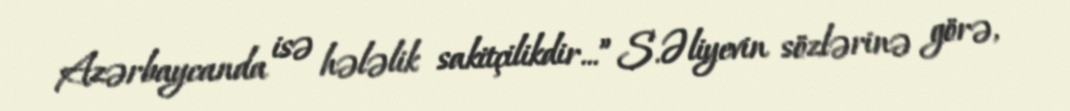
Azərbaycanda isə hələlik sakitçilikdir...” S.Əliyevin sözlərinə görə,